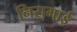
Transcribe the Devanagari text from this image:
निरामाई